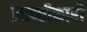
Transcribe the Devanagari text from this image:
क्रान्तीकारी